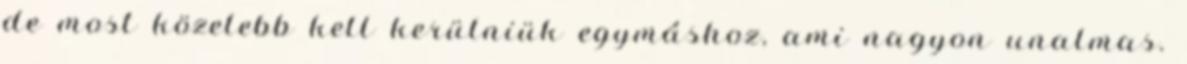
de most közelebb kell kerülniük egymáshoz, ami nagyon unalmas.